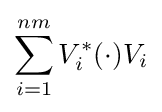
\sum _{i=1}^{nm}V_{i}^{*}(\cdot )V_{i}